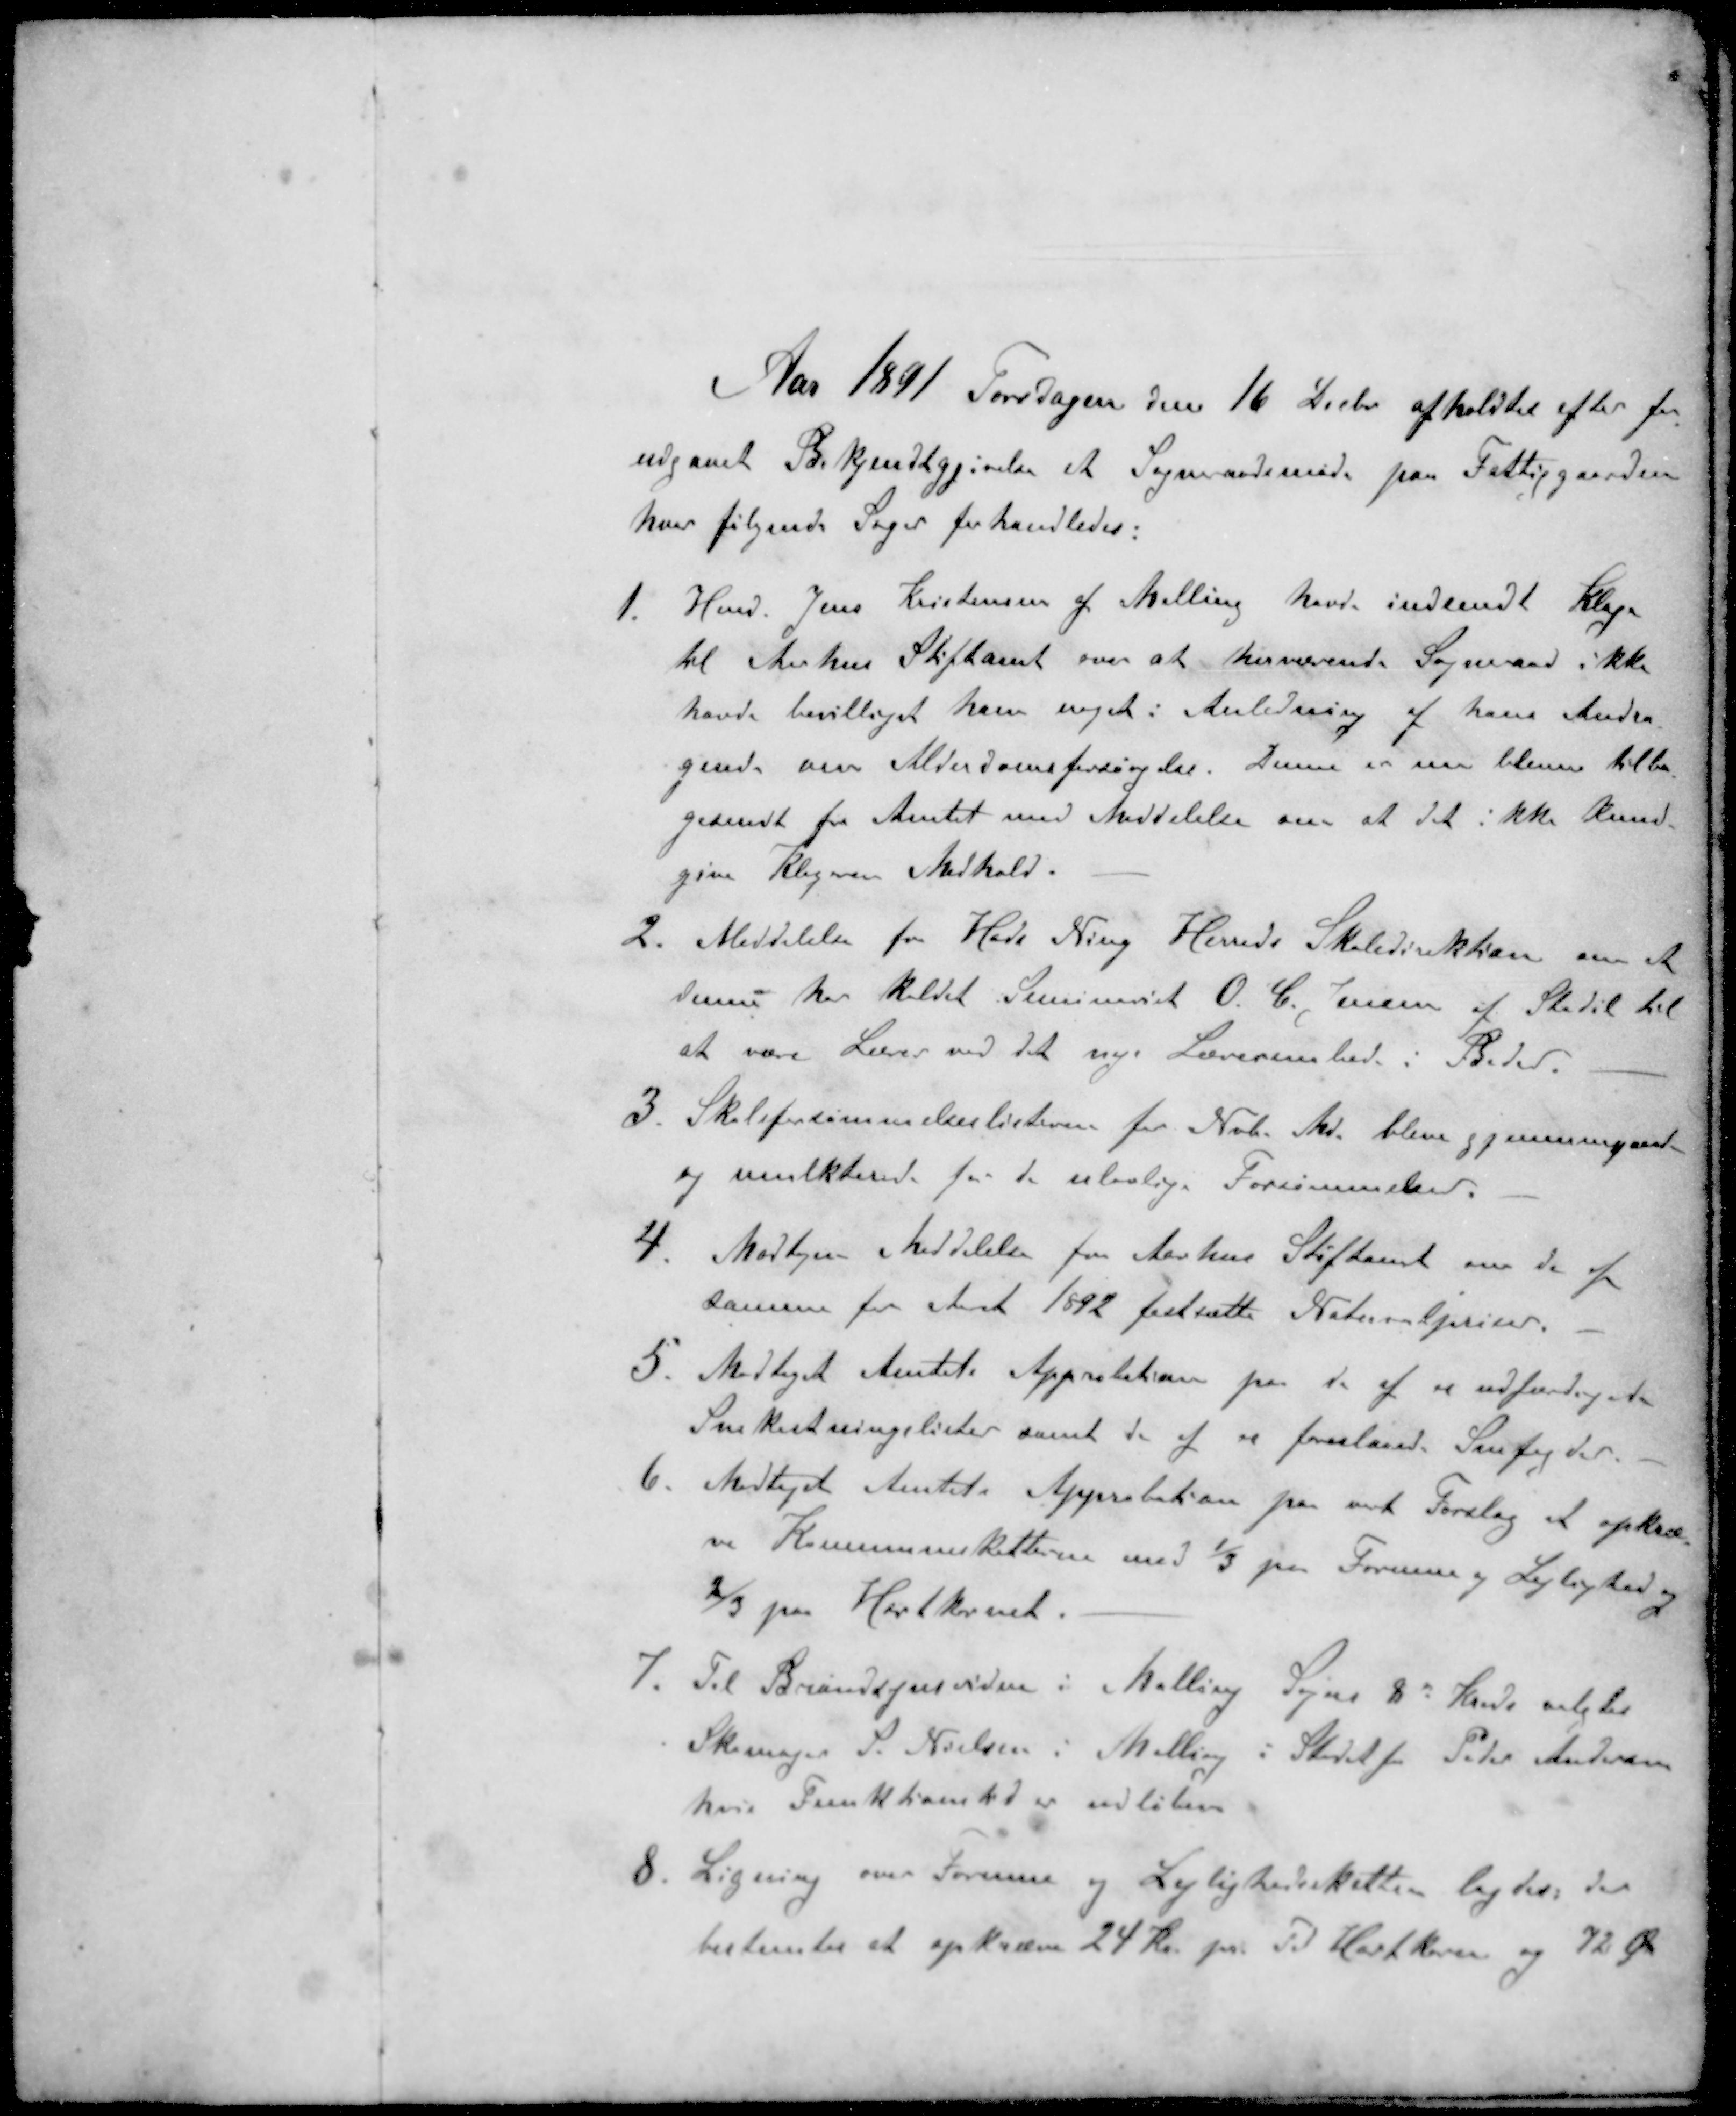
Transskription:
Aar 1891 Torsdagen den 16 Decbr afholdtes efter for
udgaaet Bekjendtggivelse et Sogneraadsmøde paa Fattiggaarden
hvor følgende Sager forhandledes:
1. Hmd. Jens Kristensen af Malling havde indsendt Klage
til Aarhus Stiftamt over at herværende Sogneraad ikke
havde bevilliget ham noget i Anledning af hans Andra
gende om Alderdomsforsørgelse. Denne er nu bleven tilba
gesendt fra Amtet med Meddelelse om at det ikke kund
give Klageren Medhold.
2. Meddelelse fra Hads Ning Herreds Skoledirektion om at
denne har kaldet Seminarist O. C. Jensen af Stadil til
at være Lærer ved det nye Lærerembede i Beder
3. Skoleforsømmelseslisterne for Nvb. Md. blive gjennemgaaet
og mulkterede for de ulovlige Forsømmelser.
4. Modtagen Meddelelse fra Aarhus Stiftamt om de af
samme for Aaret 1892 fastsatte Naturalpriser.
5. Modtaget Amtets Approbation paa de af os udfærdigede
Snekastningslister samt de af os foreslaaede Snefogder.
6. Modtaget Amtets Approbation paa vort Forslag at opkræv-
ve Kommuneskatterne med 1/3 paa Formue og Lejlighed og
2/3 paa Hartkornet.
7. Til Brandsynsvidne i Malling Sogns 8 ' Kreds valgtes
Skomager P. Nielsen i Malling i Stedet for Peder Andersen
hvis Funktionstid er udløben
8. Ligning over Formue og Lejlighedsskatten lagdes der
bestemtes at opkræve 24 Kr. pr. Td Hartkorn og 72 Øre